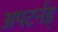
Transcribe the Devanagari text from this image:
अपटर्नड्